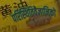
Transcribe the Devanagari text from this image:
परिस्थितिवैज्ञानिकों